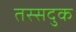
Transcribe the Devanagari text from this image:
तस्सदुक